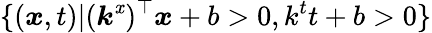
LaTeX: \{ (\boldsymbol{\mathit{x}},t)|(\boldsymbol{k}^{\mathit{x}})^{\top}\boldsymbol{\mathit{x}}+b>0,k^{t}t+b>0\}